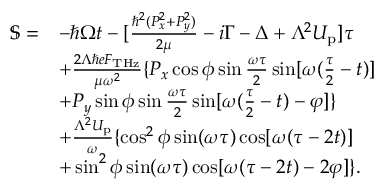
\begin{array} { r l } { \mathbb { S } = } & { - \hbar \Omega t - [ \frac { \hbar ^ { 2 } ( P _ { x } ^ { 2 } + P _ { y } ^ { 2 } ) } { 2 \mu } - i \Gamma - \Delta + \Lambda ^ { 2 } U _ { \mathrm { p } } ] \tau } \\ & { + \frac { 2 \Lambda \hbar e F _ { \mathrm { T H z } } } { \mu \omega ^ { 2 } } \{ P _ { x } \cos \phi \sin \frac { \omega \tau } { 2 } \sin [ \omega ( \frac { \tau } { 2 } - t ) ] } \\ & { + P _ { y } \sin \phi \sin \frac { \omega \tau } { 2 } \sin [ \omega ( \frac { \tau } { 2 } - t ) - \varphi ] \} } \\ & { + \frac { \Lambda ^ { 2 } U _ { \mathrm { p } } } { \omega } \{ \cos ^ { 2 } \phi \sin ( \omega \tau ) \cos [ \omega ( \tau - 2 t ) ] } \\ & { + \sin ^ { 2 } \phi \sin ( \omega \tau ) \cos [ \omega ( \tau - 2 t ) - 2 \varphi ] \} . } \end{array}